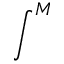
\int ^ { M }